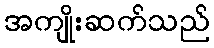
အကျိုးဆက်သည်